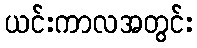
ယင်းကာလအတွင်း